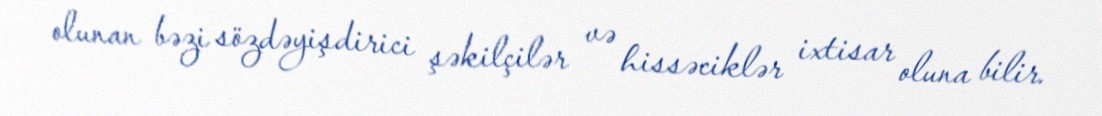
olunan bəzi sözdəyişdirici şəkilçilər və hissəciklər ixtisar oluna bilir.